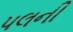
પલની